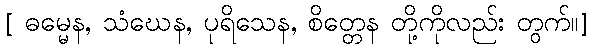
[ ဓမ္မေန, သံဃေန, ပုရိသေန, စိတ္တေန တို့ကိုလည်း တွက်။]